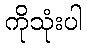
ကိုသုံးပါ